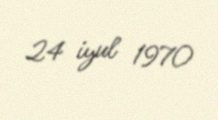
24 iyul 1970